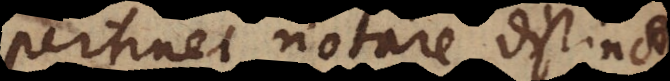
pertinet, notare distinctas